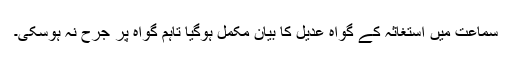
سماعت میں استغاثہ کے گواہ عدیل کا بیان مکمل ہوگیا تاہم گواہ پر جرح نہ ہوسکی۔